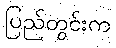
ပြည်တွင်းက